Lunatic asylums in Bengal annual reports 1899-1911 - 1899-1911
Year: 1899
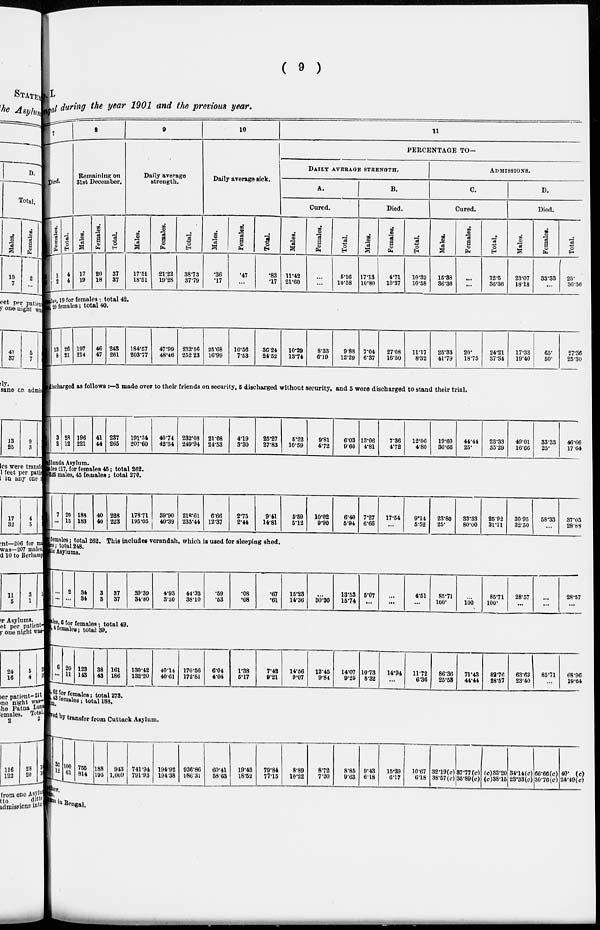
( 9 )
I.
al during the year 1901 and the previous year.
7
Died.
Females.
1
2
Total.
4
4
8
Remaining on
31st December.
Males.
17
19
Females.
20
18
Total.
37
37
9
Daily average
strength.
Males.
17.51
18.51
Females.
21.22
19.28
Total.
38.73
37.79
10
Daily average sick.
Males.
.36
.17
Females.
.47
...
Total.
.83
.17
11
PERCENTAGE TO.
DAILY AVERAGE STRENGTH.
A.
Cured.
Males.
11.42
21.60
Females.
...
...
Total.
6.16
10.58
B.
Died.
Males.
17.13
10.80
Females.
4.71
10.37
Total.
10.32
10.58
ADMISSIONS.
C.
Cured.
Males.
15.38
36.38
Females.
...
...
Total.
12.5
36.36
D.
Died.
Males.
23.07
18.18
Females.
33.33
...
Total.
25.
36.36
les, 19 for females ; total 42.
20 females ; total 40.
13
8
26
21
197
214
46
47
243
261
184.57
203.77
47.99
48.46
232.56
252.23
25.68
16.99
10.56
7.53
36.24
24.52
10.29
13.74
8.33
6.19
9.88
12.29
7.04
6.37
27.08
16.50
11.17
8.32
25.33
41.79
20.
18.75
24.21
37.34
17.33
19.40
65.
50.
27.36
25.30
Discharged as follows
:—3
s o ma d e o v e r to t h e i r f r i e n d n security, 5 discharged without security, and 5 were discharged to stand their trial.
3
2
28
12
196
221
41
44
237
265
191.34
207.60
40.74
42.34
232.08
249.94
21.08
24.53
4.19
3.30
25.27
27.83
5.22
10.59
9.81
4.72
6.03
9.60
13.06
4.81
7.86
4.72
12.06
4.80
19.60
36.66
44.44
25.
23.33
35.29
49.01
16.66
33.33
25.
46.66
17.64
lunda Asylum.
les 217, for females 45 ; total 262.
225 males, 45 females; total 270.
7
...
20
13
188
183
40
40
228
223
178.71
195.05
39.90
40.39
218.61
235.44
6.66
12.37
2.75
2.44
9.41
14.81
5.59
5.12
10.02
9.90
6.40
5.94
7.27
6.66
17.54
...
9.14
552
23.80
25.
33.33
80.00
25.92
31.11
30.95
32.50
58.33
...
37.03
28.63
females ;total 262. This icludes verandah , which is used for sleeping shed.
es ; total 248.
tic Asylums.
...
...
2
...
34
34
3
3
37
37
39.39
34.80
4.93
3.30
44.32
38.10
.59
.63
.08
.08
.67
.61
15.23
14.36
...
80.80
13.53
15.74
5.07
...
...
...
4.51
...
85.71
100.
...
100
85.71
100.
28.57
...
...
...
28.57
...
les, 6 for females; total 49.
4 females; total 39.
6
...
20
11
123
143
38
43
161
186
130.42
132.20
40.14
40'61
170.56
172.81
6.04
4.04
1.38
6.17
7.42
9.21
14.56
9.07
12.45
9.84
14.07
9.25
10.78
8.32
14.94
...
11.72
6.36
86'36
25.53
71.43
44.44
82.76
28.57
68.63
23.40
85.71
...
68.96
19.64
62 for females; total 273.
females; total 188.
wed by transfer from Cuttack Asylum.
30
12
100
til
756
814
188
195
943
1,009
741.94
79193
194'92
194.38
936.86
986.31
60.41
58 63
19.43
18.52
79'84
77.15
8.89
10.22
8.72
7.20
8.85
9.63
9'43
618
15.39
6.17
10.67
6.18
32 .19(c)
38.57 (c)
87.77 (c)
36.89(c)
(c)33.20
(c)38.15
34.14(c)
23 , 33(c)
66.66(c)
30.76(c)
40 (c)
24'49(c)
her.
D.
in Bengal.